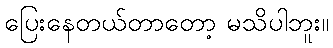
ပြေးနေတယ်တာတော့ မသိပါဘူး။